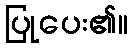
ပြုပေး၏။